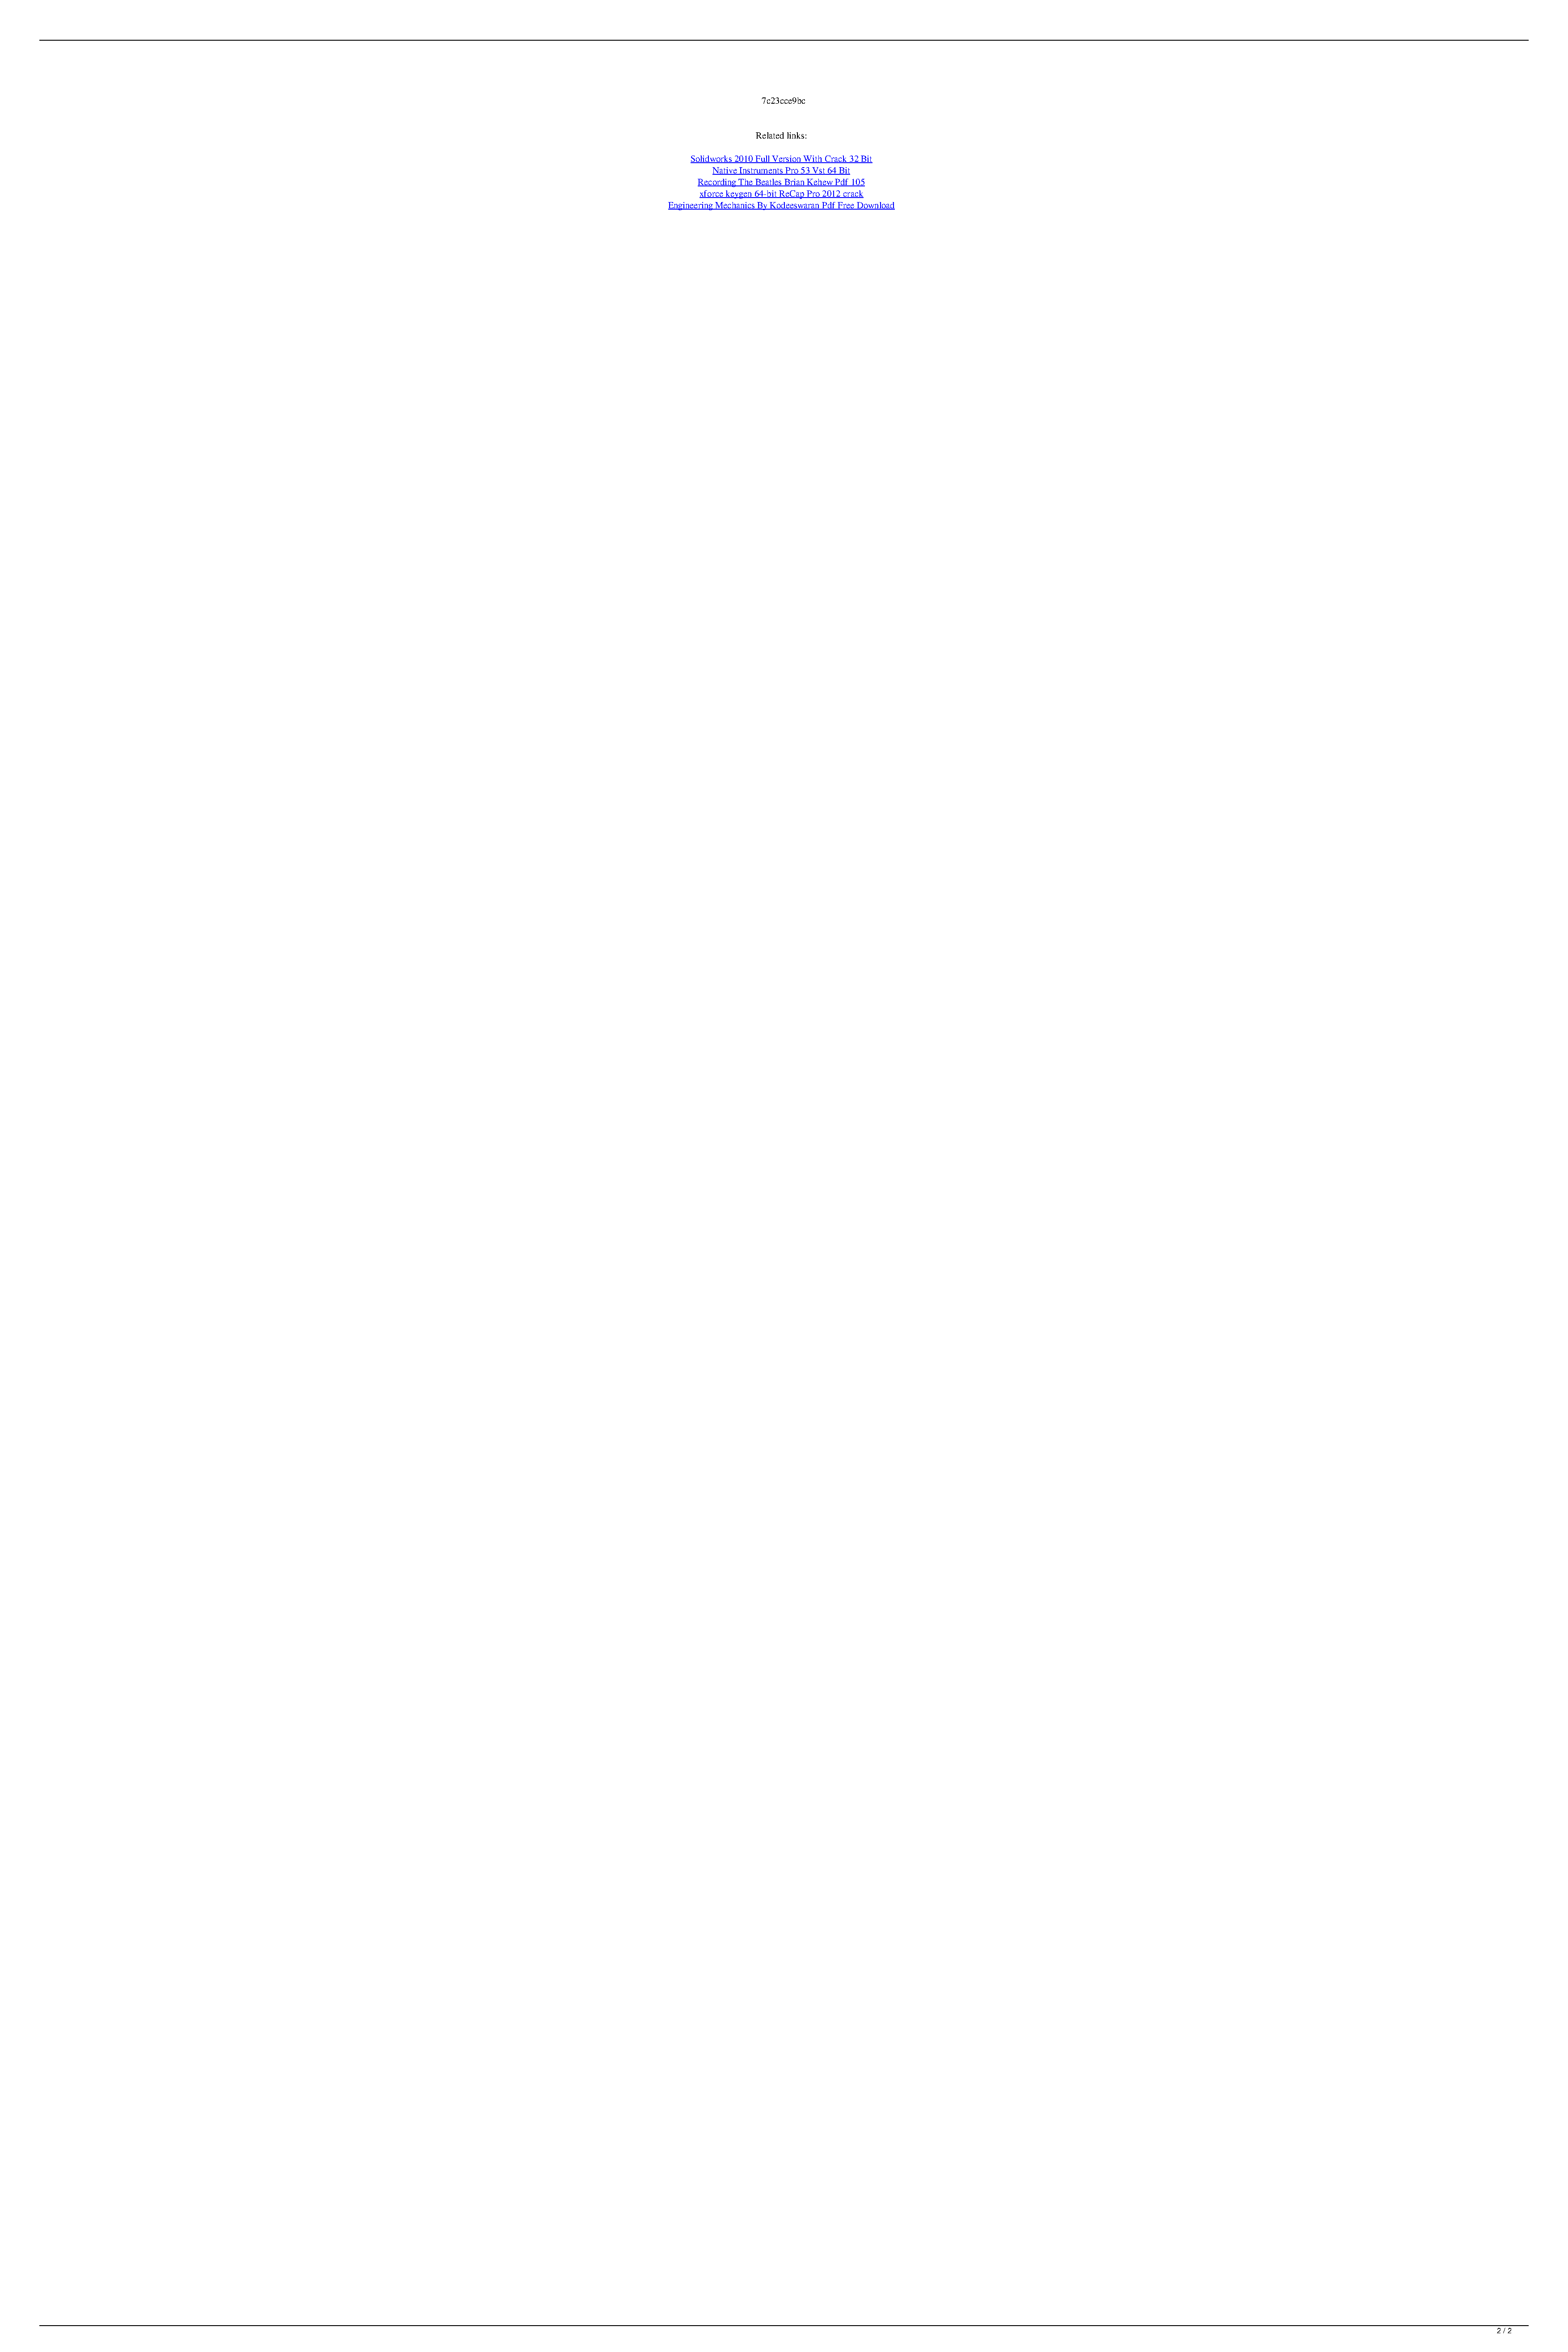
7c23cce9bc
 Related links:
 Solidworks 2010 Full Version With Crack 32 Bit
 Native Instruments Pro 53 Vst 64 Bit
 Recording The Beatles Brian Kehew Pdf 105
 xforce keygen 64-bit ReCap Pro 2012 crack
 Engineering Mechanics By Kodeeswaran Pdf Free Download
 2 / 2
 Spen Command Apk Cracked 26